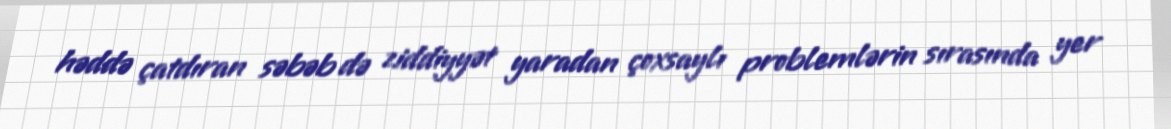
həddə çatdıran səbəb də ziddiyyət yaradan çoxsaylı problemlərin sırasında yer